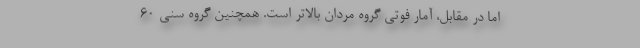
اما در مقابل، آمار فوتی گروه مردان بالاتر است. همچنین گروه سنی ۶۰